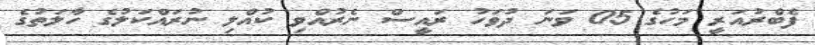
ފެބްރުއަރީ މަހުގެ 05 ވަނަ ދުވަހު ރައީސް ނެރުއްވި ކުއްލި ނުރައްކަލުގެ ހާލަތުގެ